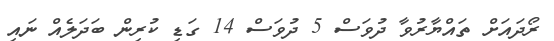
ރޯދައަށް ތައްޔާރުވާ ދުވަސް 5 ދުވަސް 14 ގަޑި ކުރިން ބަދަލެއް ނައި